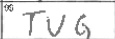
Transcription: TUG